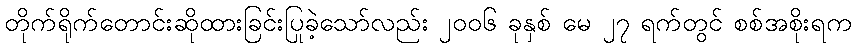
တိုက်ရိုက်တောင်းဆိုထားခြင်းပြုခဲ့သော်လည်း ၂၀၀၆ ခုနှစ် မေ ၂၇ ရက်တွင် စစ်အစိုးရက